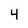
Character: 4